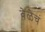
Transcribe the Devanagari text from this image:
वेळेचं